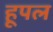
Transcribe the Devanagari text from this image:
हूपल